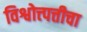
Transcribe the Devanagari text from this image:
विश्वोत्त्पत्तीचा